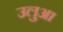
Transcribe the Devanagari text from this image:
उलुआ